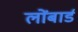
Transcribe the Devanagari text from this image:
लोंबार्ड